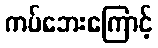
ကပ်ဘေးကြောင့်